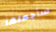
سأجعلها